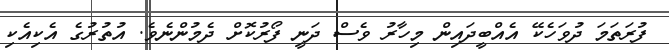
ފުރަތަމަ ދުވަހެކޭ އެއްބީދައިން މިހާރު ވެސް ދަނީ ފޯރުކޮށް ދެމުންނެވެ. އުތުރުގެ އެކިއެކި